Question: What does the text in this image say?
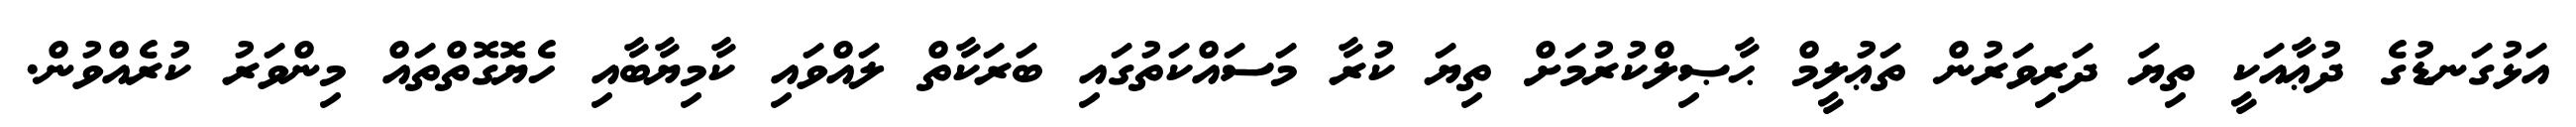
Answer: އަޅުގަނޑުގެ ދުޢާއަކީ ތިޔަ ދަރިވަރުން ތަޢުލީމް ޙާޞިލްކުރުމަށް ތިޔަ ކުރާ މަސައްކަތުގައި ބަރަކާތް ލައްވައި ކާމިޔާބާއި ހެޔޮގޮތްތައް މިންވަރު ކުރެއްވުން.